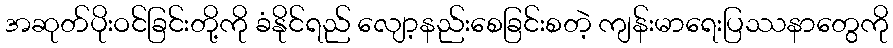
အဆုတ်ပိုးဝင်ခြင်းတို့ကို ခံနိုင်ရည် လျော့နည်းစေခြင်းစတဲ့ ကျန်းမာရေးပြဿနာတွေကို